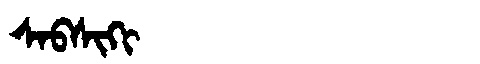
Manchu: ᠰᠠᠪᠰᡳᡴᡳ
Romanization: SABSIKI